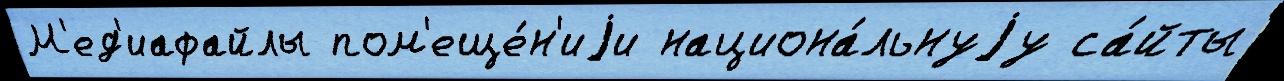
М'ед'иафайлы пом'еще́н'иjи национа́льнуjу са́йты